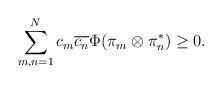
LaTeX: \begin{align*} \sum_{m, n = 1}^{N}c_{m}\overline{c_{n}}\Phi(\pi_{m} \otimes \pi_{n}^{*}) \geq 0.\end{align*}